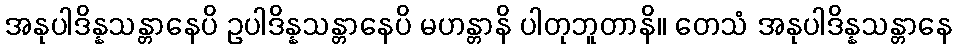
အနုပါဒိန္နသန္တာနေပိ ဥပါဒိန္နသန္တာနေပိ မဟန္တာနိ ပါတုဘူတာနိ။ တေသံ အနုပါဒိန္နသန္တာနေ